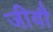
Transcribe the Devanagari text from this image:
जीवौ